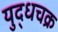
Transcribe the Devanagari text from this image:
युद्धचक्र